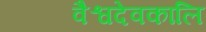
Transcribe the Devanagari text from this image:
वैश्वदेवकालि